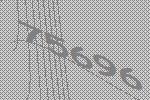
75696